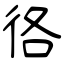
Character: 𢓜